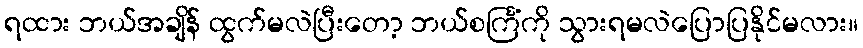
ရထား ဘယ်အချိန် ထွက်မလဲပြီးတော့ ဘယ်စင်္ကြံကို သွားရမလဲပြောပြနိုင်မလား။